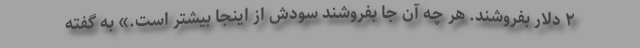
۲ دلار بفروشند. هر چه آن جا بفروشند سودش از اینجا بیشتر است.» به گفته